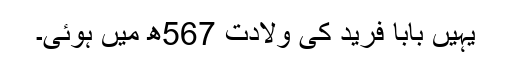
یہیں بابا فرید کی ولادت 567ھ میں ہوئی۔